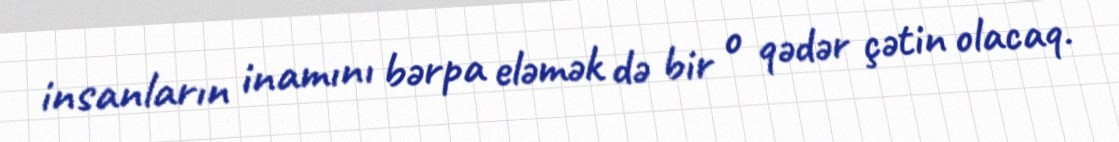
insanların inamını bərpa eləmək də bir o qədər çətin olacaq.